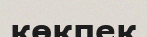
көкпек